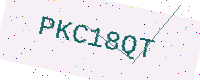
Text: PKC18QT